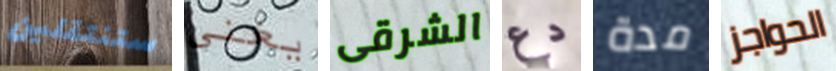
ستنتقلين يغنى الشرقى دع مدة الحواجز